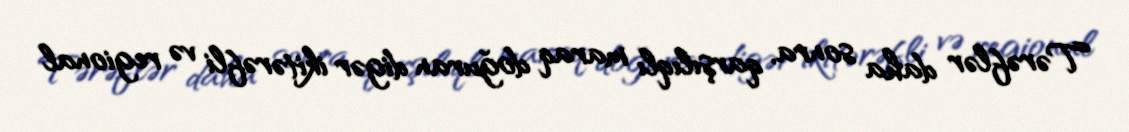
Tərəflər daha sonra, qarşılıqlı maraq doğuran digər ikitərəfli və regional